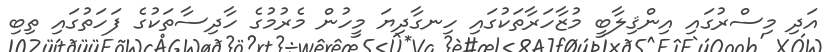
އަދި މިސްރުގައި އިންޤިލާބީ މުޒާހަރާތަކުގައި ހިނގާދިޔަ މީހުން މެރުމުގެ ހާދިސާތަކުގެ ފަހަތުގައި ތިބި